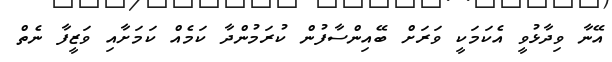
އޭނާ ވިދާޅުވީ އެކަމަކީ ވަރަށް ބޭއިންސާފުން ކުރަމުންދާ ކަމެއް ކަމަށާއި ވަޒީފާ ނެތް